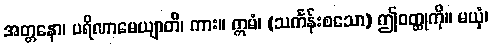
အတ္တနော၊ ပရိဏာမေယျာတိ၊ ကား။ ဣမံ၊ (သင်္ကန်းစသော) ဤဝတ္ထုကို။ မယှံ၊